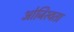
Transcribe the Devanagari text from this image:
ओजिस्वता